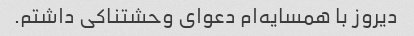
دیروز با همسایه‌ام دعوای وحشتناکی داشتم.